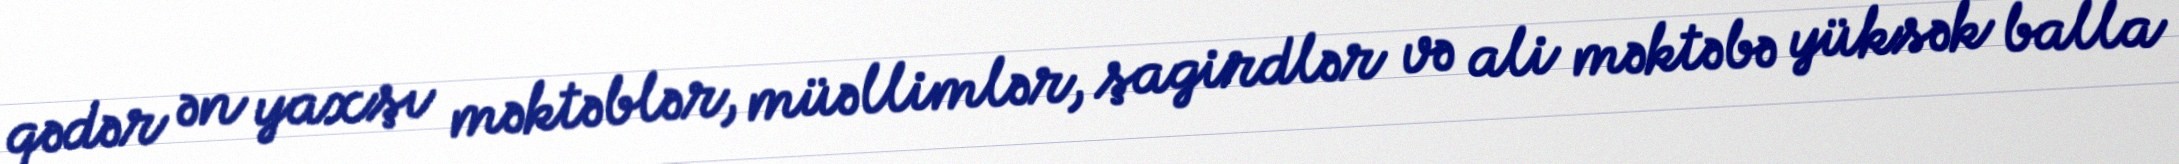
qədər ən yaxşı məktəblər, müəllimlər, şagirdlər və ali məktəbə yüksək balla